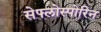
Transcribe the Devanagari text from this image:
सेफ्लोस्पोरिन